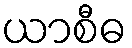
ယာစီဓ